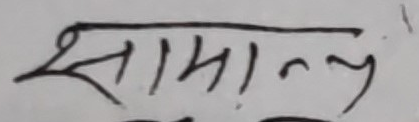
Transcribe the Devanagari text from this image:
सामान्य